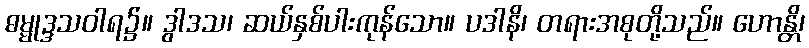
ဓမ္မုဒ္ဒသဝါရ၌။ ဒွါဒသ၊ ဆယ်နှစ်ပါးကုန်သော။ ပဒါနိ၊ တရားအစုတို့သည်။ ဟောန္တိ၊